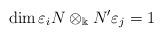
LaTeX: \begin{align*}\dim \varepsilon_i N\otimes_{\Bbbk}N'\varepsilon_j=1\end{align*}